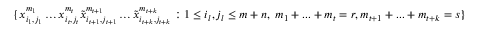
\{ x _ { i _ { 1 } , j _ { 1 } } ^ { m _ { 1 } } \hdots x _ { i _ { t } , j _ { t } } ^ { m _ { t } } \tilde { x } _ { i _ { t + 1 } , j _ { t + 1 } } ^ { m _ { t + 1 } } \hdots \tilde { x } _ { i _ { t + k } , j _ { t + k } } ^ { m _ { t + k } } : 1 \leq i _ { l } , j _ { l } \leq m + n , \ m _ { 1 } + . . . + m _ { t } = r , m _ { t + 1 } + . . . + m _ { t + k } = s \}